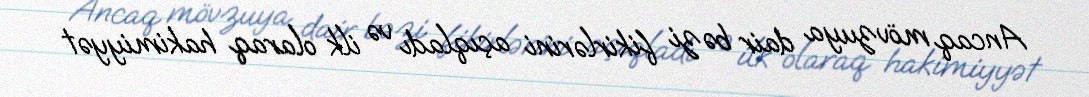
Ancaq mövzuya dair bəzi fikirlərini açıqladı və ilk olaraq hakimiyyət